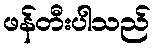
ဖန်တီးပါသည်